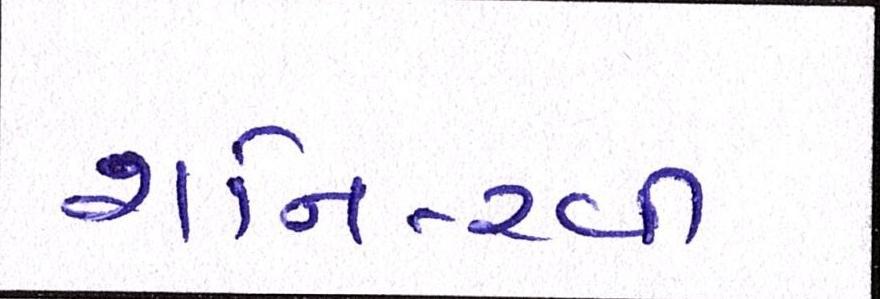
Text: શનિ-રવી